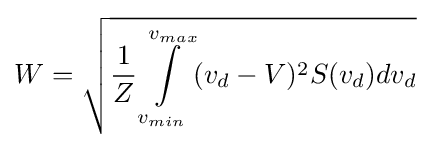
W={\sqrt {{\frac {1}{Z}}\int \limits _{v_{min}}^{v_{max}}(v_{d}-V)^{2}S(v_{d})dv_{d}}}